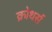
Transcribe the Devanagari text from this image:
क्रोथर्स